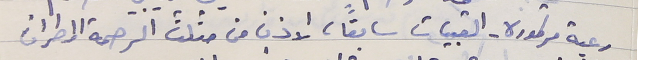
رعية مرتموره - القبيات سابقاً، الاذن من مثلث الرحمة المطران